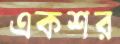
একশর